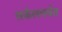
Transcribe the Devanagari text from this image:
सर्कलपर्यत